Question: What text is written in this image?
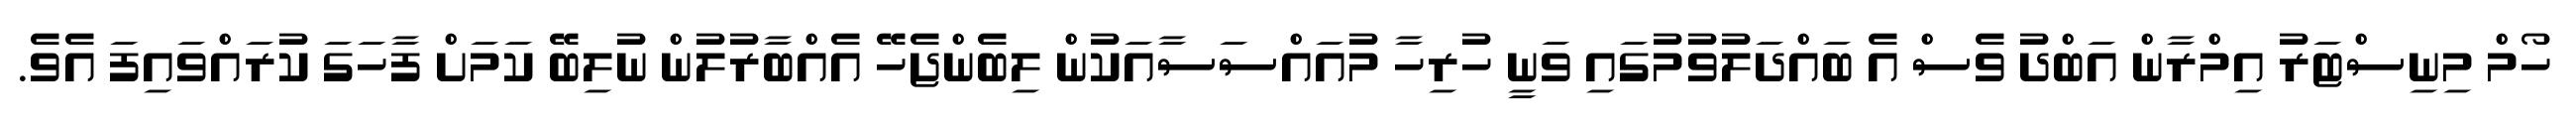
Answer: ހޯމް މިނިސްޓަރު އިމްރާން އަބްދު ވެސް އެ ބައްދަލުވުމުގައި ވަނީ ހުރިހާ މުއައްސަސާއަކުން ލިބެންޖެހޭ އެއްބާރުލުން ނުލިބޭ ކަމަށް ފާހަގަ ކުރައްވައިފަ އެވެ.